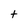
Character: t